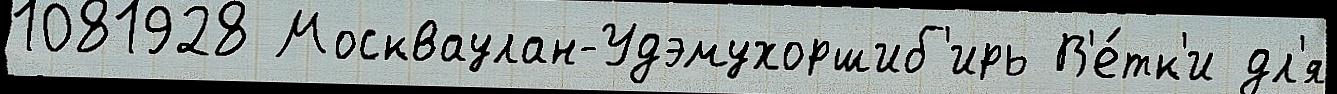
1081928 Москваулан-Удэмухоршиб'ирь В'е́тк'и дл'я